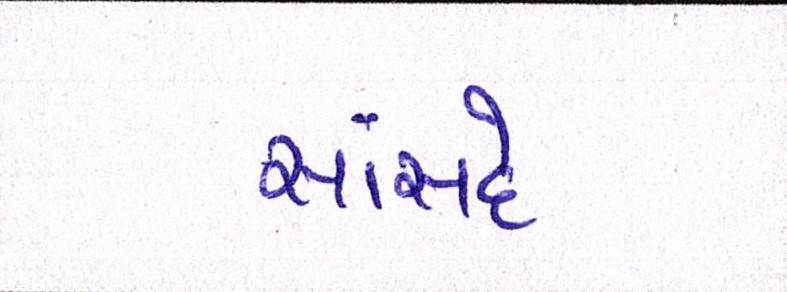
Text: સાંસદે